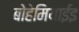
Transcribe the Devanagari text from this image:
बोहेमियाईइ